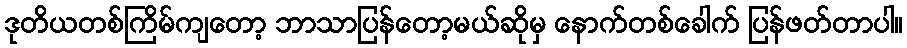
ဒုတိယတစ်ကြိမ်ကျတော့ ဘာသာပြန်တော့မယ်ဆိုမှ နောက်တစ်ခေါက် ပြန်ဖတ်တာပါ။